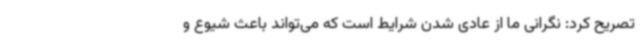
تصریح کرد: نگرانی ما از عادی شدن شرایط است که می‌تواند باعث شیوع و